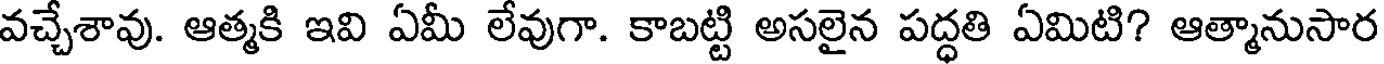
వచ్చేశావు. ఆత్మకి ఇవి ఏమీ లేవుగా. కాబట్టి అసలైన పద్ధతి ఏమిటి? ఆత్మానుసార